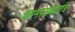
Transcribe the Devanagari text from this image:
कामाख्यातंत्र